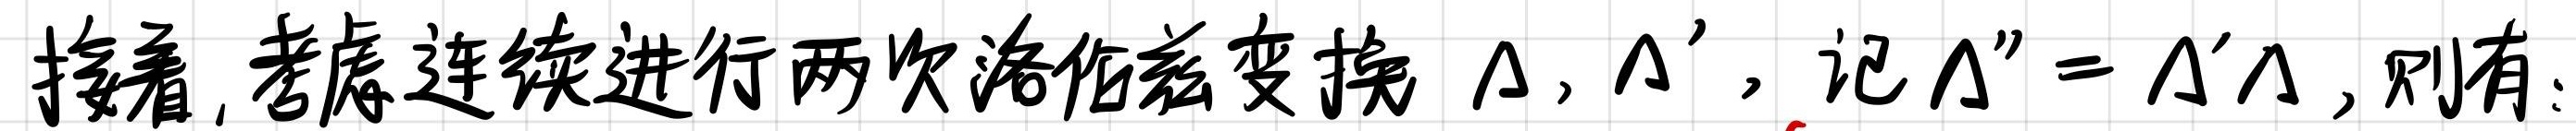
接着, 考虑连续进行两次洛伦兹变换 $\Lambda, \Lambda'$, 记 $\Lambda''=\Lambda'\Lambda$, 则有: